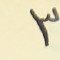
٣